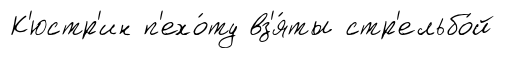
К'юстр'ин п'ехо́ту вз'я́ты стр'ельбо́й